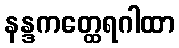
နန္ဒကတ္ထေရဂါထာ